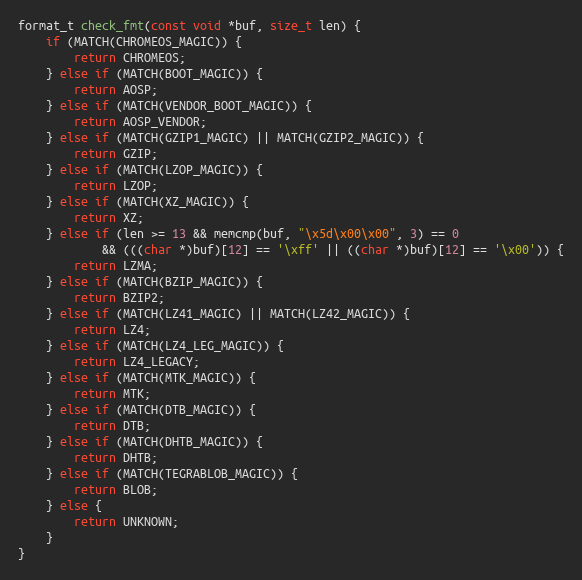
Language: C++
format_t check_fmt(const void *buf, size_t len) {
    if (MATCH(CHROMEOS_MAGIC)) {
        return CHROMEOS;
    } else if (MATCH(BOOT_MAGIC)) {
        return AOSP;
    } else if (MATCH(VENDOR_BOOT_MAGIC)) {
        return AOSP_VENDOR;
    } else if (MATCH(GZIP1_MAGIC) || MATCH(GZIP2_MAGIC)) {
        return GZIP;
    } else if (MATCH(LZOP_MAGIC)) {
        return LZOP;
    } else if (MATCH(XZ_MAGIC)) {
        return XZ;
    } else if (len >= 13 && memcmp(buf, "\x5d\x00\x00", 3) == 0
            && (((char *)buf)[12] == '\xff' || ((char *)buf)[12] == '\x00')) {
        return LZMA;
    } else if (MATCH(BZIP_MAGIC)) {
        return BZIP2;
    } else if (MATCH(LZ41_MAGIC) || MATCH(LZ42_MAGIC)) {
        return LZ4;
    } else if (MATCH(LZ4_LEG_MAGIC)) {
        return LZ4_LEGACY;
    } else if (MATCH(MTK_MAGIC)) {
        return MTK;
    } else if (MATCH(DTB_MAGIC)) {
        return DTB;
    } else if (MATCH(DHTB_MAGIC)) {
        return DHTB;
    } else if (MATCH(TEGRABLOB_MAGIC)) {
        return BLOB;
    } else {
        return UNKNOWN;
    }
}